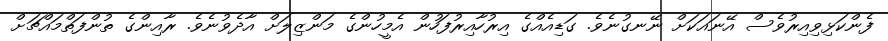
ފެންކަޅިވިއިރުވެސް އޭނައަކަށް ނޭނގުނެވެ. ގަޑިއެއްގެ އިރުހާއިރުފަހުން އެމީހުންގެ މަންޒިލަށް އާދެވުނެވެ. ރާއިންގެ ތުންފަތްމައްޗަށް